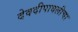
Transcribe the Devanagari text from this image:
देवदीपावलीचा